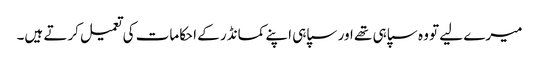
میرے لیے تو وہ سپاہی تھے اور سپاہی اپنے کمانڈر کے احکامات کی تعمیل کرتے ہیں۔